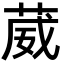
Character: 葳